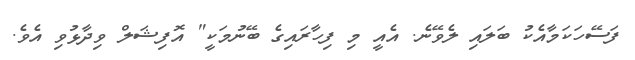
ފަސޭހަކަމާއެކު ބަލައި ލެވޭނެ. އެއީ މި ފިހާރައިގެ ބޭނުމަކީ" އޮފިޝަލް ވިދާޅުވި އެވެ.